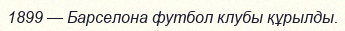
1899 — Барселона футбол клубы құрылды.